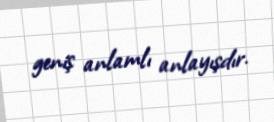
geniş anlamlı anlayışdır.